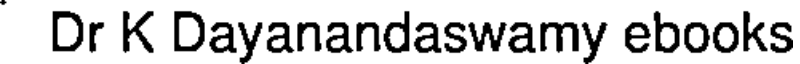
Dr K Dayanandaswamy ebooks